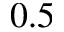
0 . 5